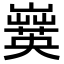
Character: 𡾗